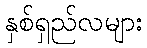
နှစ်ရှည်လများ